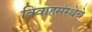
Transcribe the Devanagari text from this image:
विवाहसंस्थेचे